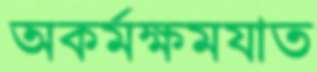
অকর্মক্ষমযাত